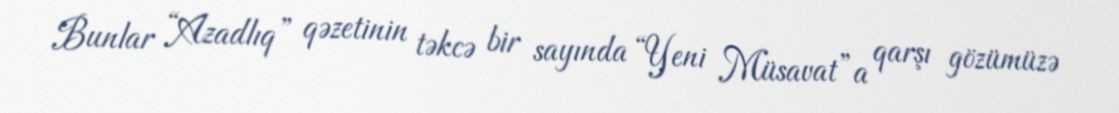
Bunlar “Azadlıq” qəzetinin təkcə bir sayında “Yeni Müsavat”a qarşı gözümüzə